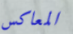
المعاكس